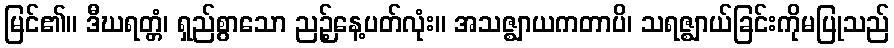
မြင်၏။ ဒီဃရတ္တံ၊ ရှည်စွာသော ညဉ့်နေ့ပတ်လုံး။ အသဇ္ဈာယကတာပိ၊ သရဇ္ဈာယ်ခြင်းကိုမပြုသည်